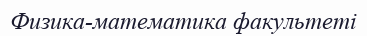
Физика-математика факультеті